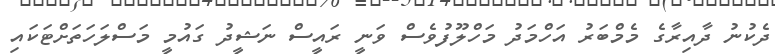
ދެކުނު ދާއިރާގެ މެމްބަރު އަހްމަދު މަހްލޫފުވެސް ވަނީ ރައީސް ނަޝީދު ގައުމީ މަސްލަހަތަށްޓަކައި